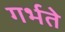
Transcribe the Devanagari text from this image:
गर्भते